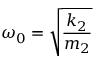
\omega _ { 0 } = { \sqrt { \frac { k _ { 2 } } { m _ { 2 } } } }